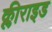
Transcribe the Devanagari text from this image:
क्लीराइड